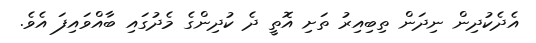
އެދެކުދިން ނިދަން ތިބިއިރު ތަށި އޮތީ ދެ ކުދިންގެ މެދުގައި ބާއްވައިފަ އެވެ.